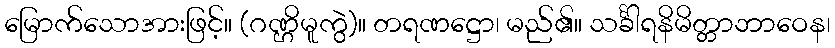
မြောက်သောအားဖြင့်။ (ဂဏ္ဌိမူကွဲ)။ တရဏဋ္ဌော၊ မည်၏။ သင်္ခါရနိမိတ္တာဘာဝေန၊